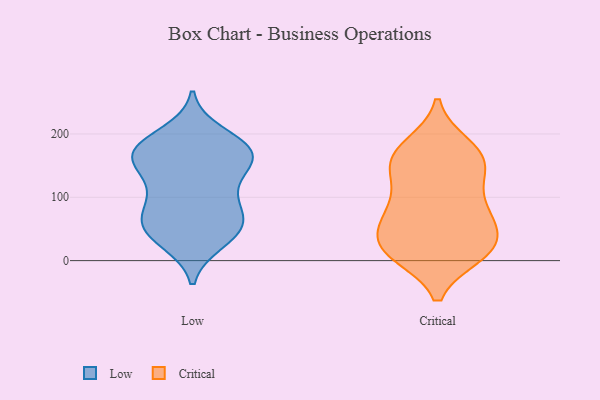
{"axis": {"x": "Temperature (°C)", "y": "Value"}, "legend": ["Critical", "Low"], "data": [{"x": "", "y": 32, "type": "Low"}, {"x": "", "y": 176, "type": "Low"}, {"x": "", "y": 124, "type": "Low"}, {"x": "", "y": 157, "type": "Low"}, {"x": "", "y": 53, "type": "Low"}, {"x": "", "y": 102, "type": "Low"}, {"x": "", "y": 160, "type": "Low"}, {"x": "", "y": 49, "type": "Low"}, {"x": "", "y": 181, "type": "Low"}, {"x": "", "y": 55, "type": "Low"}, {"x": "", "y": 30, "type": "Low"}, {"x": "", "y": 121, "type": "Low"}, {"x": "", "y": 68, "type": "Low"}, {"x": "", "y": 181, "type": "Low"}, {"x": "", "y": 168, "type": "Low"}, {"x": "", "y": 69, "type": "Low"}, {"x": "", "y": 168, "type": "Low"}, {"x": "", "y": 200, "type": "Low"}, {"x": "", "y": 82, "type": "Low"}, {"x": "", "y": 161, "type": "Low"}, {"x": "", "y": 135, "type": "Critical"}, {"x": "", "y": 18, "type": "Critical"}, {"x": "", "y": 27, "type": "Critical"}, {"x": "", "y": 178, "type": "Critical"}, {"x": "", "y": 35, "type": "Critical"}, {"x": "", "y": 14, "type": "Critical"}, {"x": "", "y": 18, "type": "Critical"}, {"x": "", "y": 78, "type": "Critical"}, {"x": "", "y": 73, "type": "Critical"}, {"x": "", "y": 151, "type": "Critical"}, {"x": "", "y": 83, "type": "Critical"}, {"x": "", "y": 68, "type": "Critical"}, {"x": "", "y": 11, "type": "Critical"}, {"x": "", "y": 10, "type": "Critical"}, {"x": "", "y": 158, "type": "Critical"}, {"x": "", "y": 170, "type": "Critical"}, {"x": "", "y": 182, "type": "Critical"}, {"x": "", "y": 60, "type": "Critical"}, {"x": "", "y": 116, "type": "Critical"}, {"x": "", "y": 148, "type": "Critical"}]}